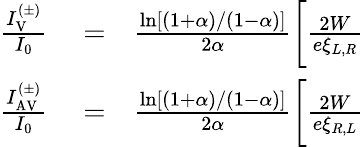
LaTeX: \begin{array}{rlr}{\frac{I_{\mathrm{V}}^{(\pm)}}{I_{0}}}&{{}=}&{\frac{\ln[(1+\alpha)/(1-\alpha)]}{2\alpha}\biggl[\frac{2W}{e\xi_{L,R}}}\\ {\frac{I_{\mathrm{AV}}^{(\pm)}}{I_{0}}}&{{}=}&{\frac{\ln[(1+\alpha)/(1-\alpha)]}{2\alpha}\biggl[\frac{2W}{e\xi_{R,L}}}\end{array}